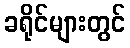
ခရိုင်များတွင်